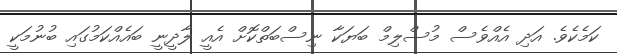
ކަމެކެވެ. އަދި އެއްވެސް މުސްލިމް ބަޔަކާ ނިސްބަތްކޮށް އެއީ ލާދީނީ ބައެއްކަމުގައި ބުނުމަކީ